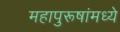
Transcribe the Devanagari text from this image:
महापुरूषांमध्ये